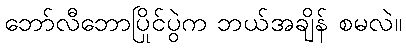
ဘော်လီဘောပြိုင်ပွဲက ဘယ်အချိန် စမလဲ။